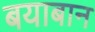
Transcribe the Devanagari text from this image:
बयाबान